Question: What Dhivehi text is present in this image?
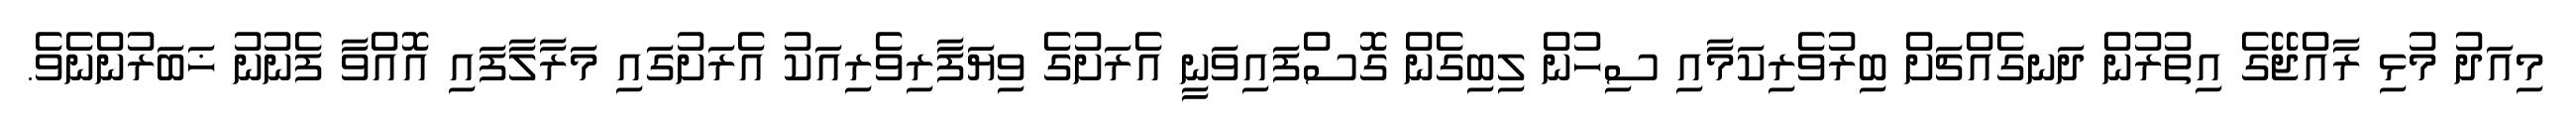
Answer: މިއަދު މުޅި ރާއްޖޭގެ އިތުރުން ދަނގެއްޗަށް ބިރުވެރިކަމާއި ސިހުން ލިބިގެން ގޮސްފައިވަނީ އެރަށުގެ ވިޔަފާރިވެރިއަކު އެރަށުގައި މަރާލާފައި އޮއްވާ ފެނުނު ޚަބަރުންނެވެ.